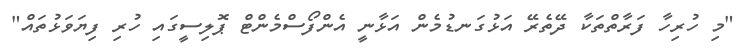
"މި ހުރިހާ ފަރާތްތަކާ ދޭތެރޭ އަޅުގަނޑުމެން އަޅާނީ އެންފޯސްމެންޓް ޕޮލިސީގައި ހުރި ފިޔަވަޅުތައް"